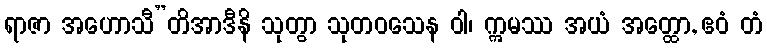
ရာဇာ အဟောသီ”တိအာဒီနိ သုတွာ သုတဝသေန ဝါ၊ ဣမဿ အယံ အတ္ထော, ဧဝံ တံ